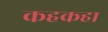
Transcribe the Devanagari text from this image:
कहकहा